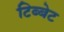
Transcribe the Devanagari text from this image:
टिब्बेट